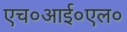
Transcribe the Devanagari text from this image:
एच०आई०एल०